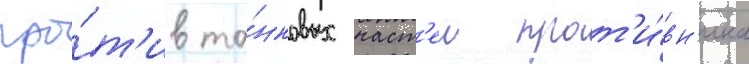
про́т'ив та́нковых част'еи прот'и́вн'ика